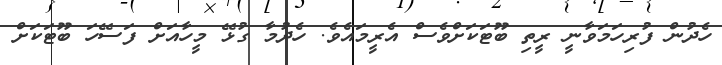
ހެދުން ފުރިހަމަވާނީ ރީތި ބޫޓަކަށްވެސް އެރީމައެވެ. ހެދުމާ ގުޅޭ މީހާއަށް ފަސޭހަ ބޫޓަކަށް